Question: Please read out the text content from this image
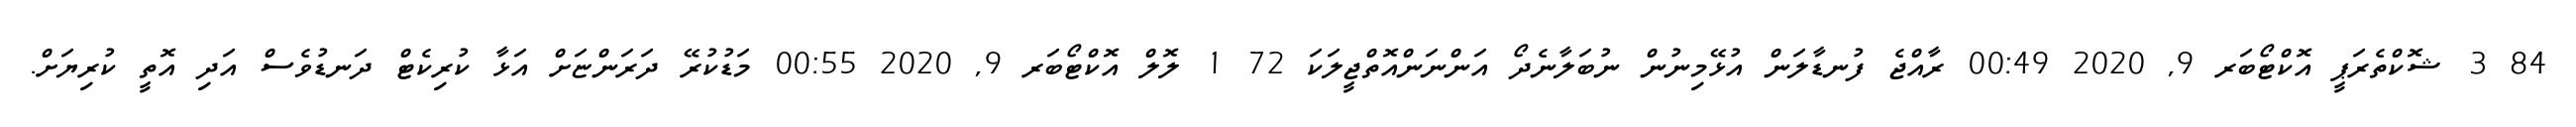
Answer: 84 3 ޝޮކްތެރަޕީ އޮކްޓޯބަރ 9, 2020 00:49 ރާއްޖެ ފުނޑާލަން އުޅޭމިނުން ނުބަލާނެދޯ އަންނަންއޮތްޖީލަކަ 72 1 ލޮލް އޮކްޓޯބަރ 9, 2020 00:55 މަޑުކުރޭ ދަރަންޏަށް އަޅާ ކުރިކެޓް ދަނޑުވެސް އަދި އޮތީ ކުރިޔަށް.